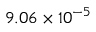
9 . 0 6 \times 1 0 ^ { - 5 }